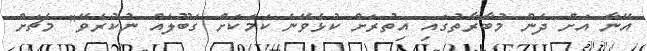
އޭނާ އަށް ދެން މުބާރާތުގައި އިތުރަށް ކުޅެވޭނެ ކަމަކަށް ގަބޫލެއް ނުކުރެވޭ" މެޗަށް